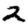
Digit: 2